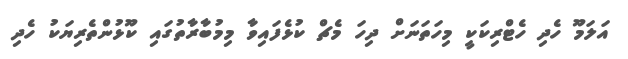
އަލަމޫ ހެދި ހެޓްރިކަކީ މިހަތަނަށް ދިހަ މެޗް ކުޅެފައިވާ މިމުބާރާތުގައި ކޫޅުންތެރިޔަކު ހެދި